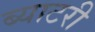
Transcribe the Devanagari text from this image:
ब्याटरी